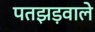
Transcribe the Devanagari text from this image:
पतझड़वाले